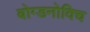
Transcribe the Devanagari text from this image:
बोग्डनोविच